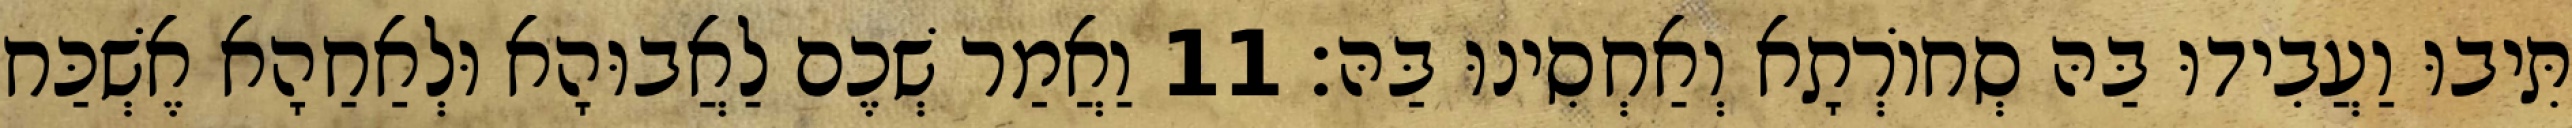
תִּיבוּ וַעֲבִידוּ בַּהּ סְחוֹרְתָא וְאַחְסִינוּ בַּהּ׃ 11 וַאֲמַר שְׁכֶם לַאֲבוּהָא וּלְאַחַהָא אֶשְׁכַּח